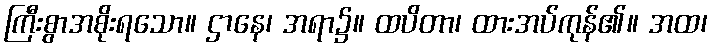
ကြီးစွာအစိုးရသော။ ဌာနေ၊ အရာ၌။ ထပိတာ၊ ထားအပ်ကုန်၏။ အထ၊